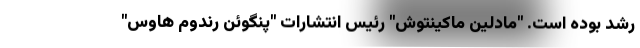
رشد بوده است. "مادلین ماکینتوش" رئیس انتشارات "پنگوئن رندوم هاوس"